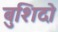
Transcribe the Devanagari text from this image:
बुशिदो